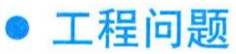
\textbullet\ 工程问题